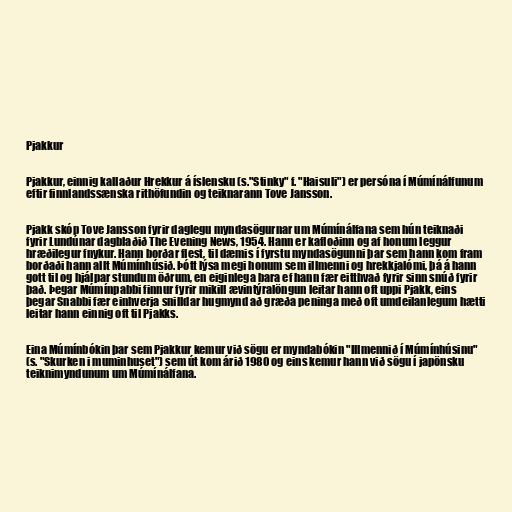
Pjakkur

Pjakkur, einnig kallaður Hrekkur á íslensku (s."Stinky" f. "Haisuli") er persóna í Múmínálfunum
eftir finnlandssænska rithöfundin og teiknarann Tove Jansson.

Pjakk skóp Tove Jansson fyrir daglegu myndasögurnar um Múmínálfana sem hún teiknaði
fyrir Lundúnar dagblaðið The Evening News, 1954. Hann er kafloðinn og af honum leggur
hræðilegur fnykur. Hann borðar flest, til dæmis í fyrstu myndasögunni þar sem hann kom fram
borðaði hann allt Múmínhúsið. Þótt lýsa megi honum sem illmenni og hrekkjalómi, þá á hann
gott til og hjálpar stundum öðrum, en eiginlega bara ef hann fær eitthvað fyrir sinn snúð fyrir
það. Þegar Múmínpabbi finnur fyrir mikill ævintýralöngun leitar hann oft uppi Pjakk, eins
þegar Snabbi fær einhverja snilldar hugmynd að græða peninga með oft umdeilanlegum hætti
leitar hann einnig oft til Pjakks.

Eina Múmínbókin þar sem Pjakkur kemur við sögu er myndabókin "Illmennið í Múmínhúsinu"
(s. "Skurken i muminhuset") sem út kom árið 1980 og eins kemur hann við sögu í japönsku
teiknimyndunum um Múmínálfana.